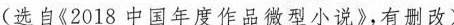
(选自《2018中国年度作品微型小说》，有删改)